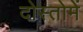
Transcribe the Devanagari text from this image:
दोस्तोमें